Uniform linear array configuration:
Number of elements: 4
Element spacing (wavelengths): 0.25
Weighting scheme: blackman
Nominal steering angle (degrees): -60
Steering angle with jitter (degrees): -58.588
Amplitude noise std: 0.05
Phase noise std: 0.05

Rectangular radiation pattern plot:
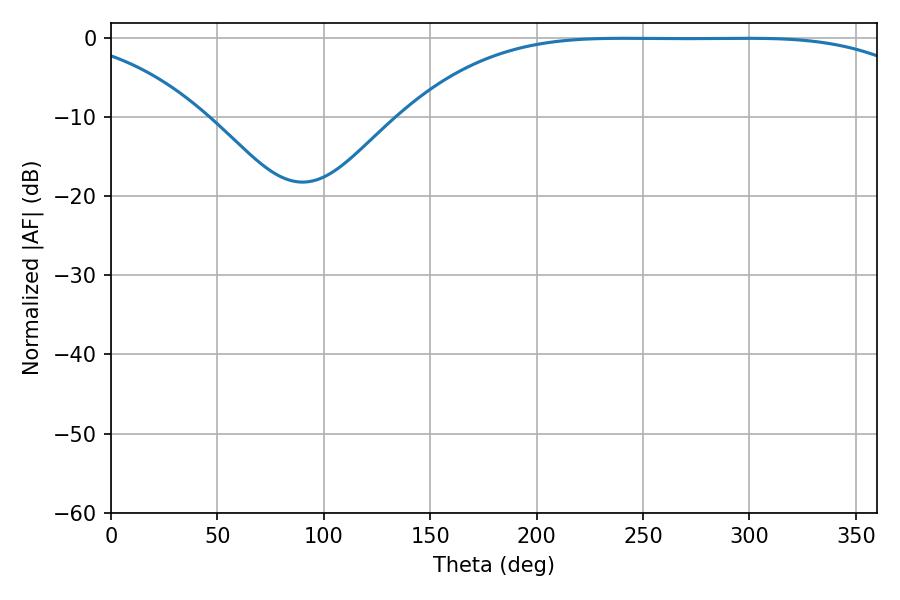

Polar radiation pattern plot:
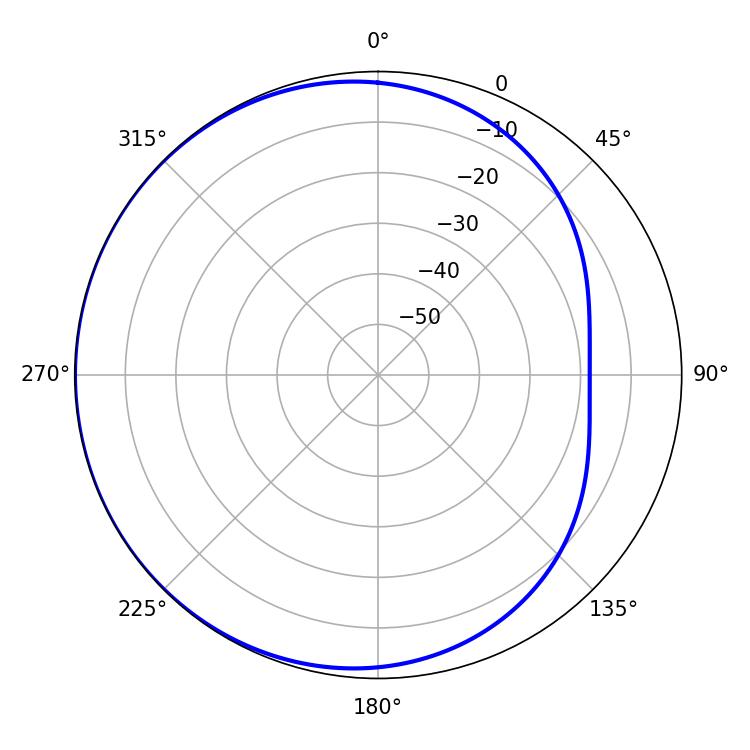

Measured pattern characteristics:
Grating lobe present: FALSE
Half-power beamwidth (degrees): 187.2
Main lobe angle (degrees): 241.02